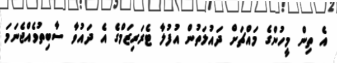
އެ ތިން މީހުންގެ މައްޗަށް ދައުލަތުން އުފުލާ ޓެރަރިޒަމްގެ އެ ދައުވާ ސާބިތުވެއްޖެނަމަ